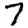
Digit: 7